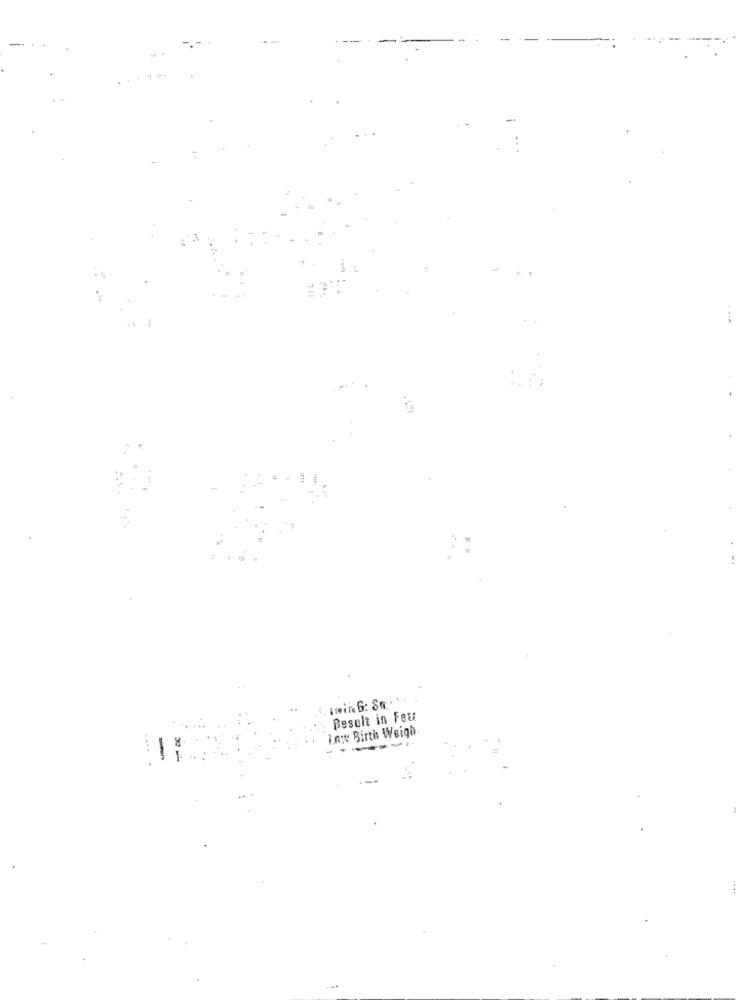
Result in Faut
iny Birth Weigh
--